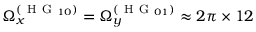
\Omega _ { x } ^ { ( \mathrm { ~ H ~ G ~ } _ { 1 0 } ) } = \Omega _ { y } ^ { ( \mathrm { ~ H ~ G ~ } _ { 0 1 } ) } \approx 2 \pi \times 1 2